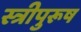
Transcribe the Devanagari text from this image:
स्त्रीपुरूष